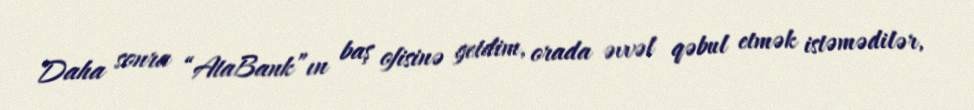
Daha sonra “AtaBank”ın baş ofisinə getdim, orada əvvəl qəbul etmək istəmədilər,